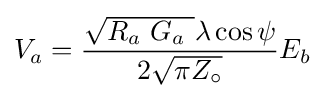
V_{a}={{\sqrt {R_{a}\ G_{a}\ }}\lambda \cos \psi  \over 2{\sqrt {\pi Z_{\circ }}}}E_{b}